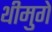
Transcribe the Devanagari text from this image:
थीमुगे